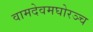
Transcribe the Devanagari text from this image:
वामदेवमघोरञ्च